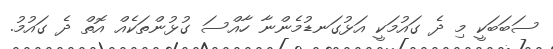
ސަބަބަކީ މި ދެ ގައުމަކީ އަޅުގަނޑުމެންނާ ހާއްސަ ގުޅުންތަކެއް އޮތް ދެ ގައުމު.